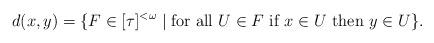
LaTeX: \begin{align*}d(x,y)=\{F\in[\tau]^{<\omega}\mid\mbox{for all } U \in F \mbox{ if } x \in U \mbox{ then } y \in U \}.\end{align*}